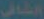
الشافي